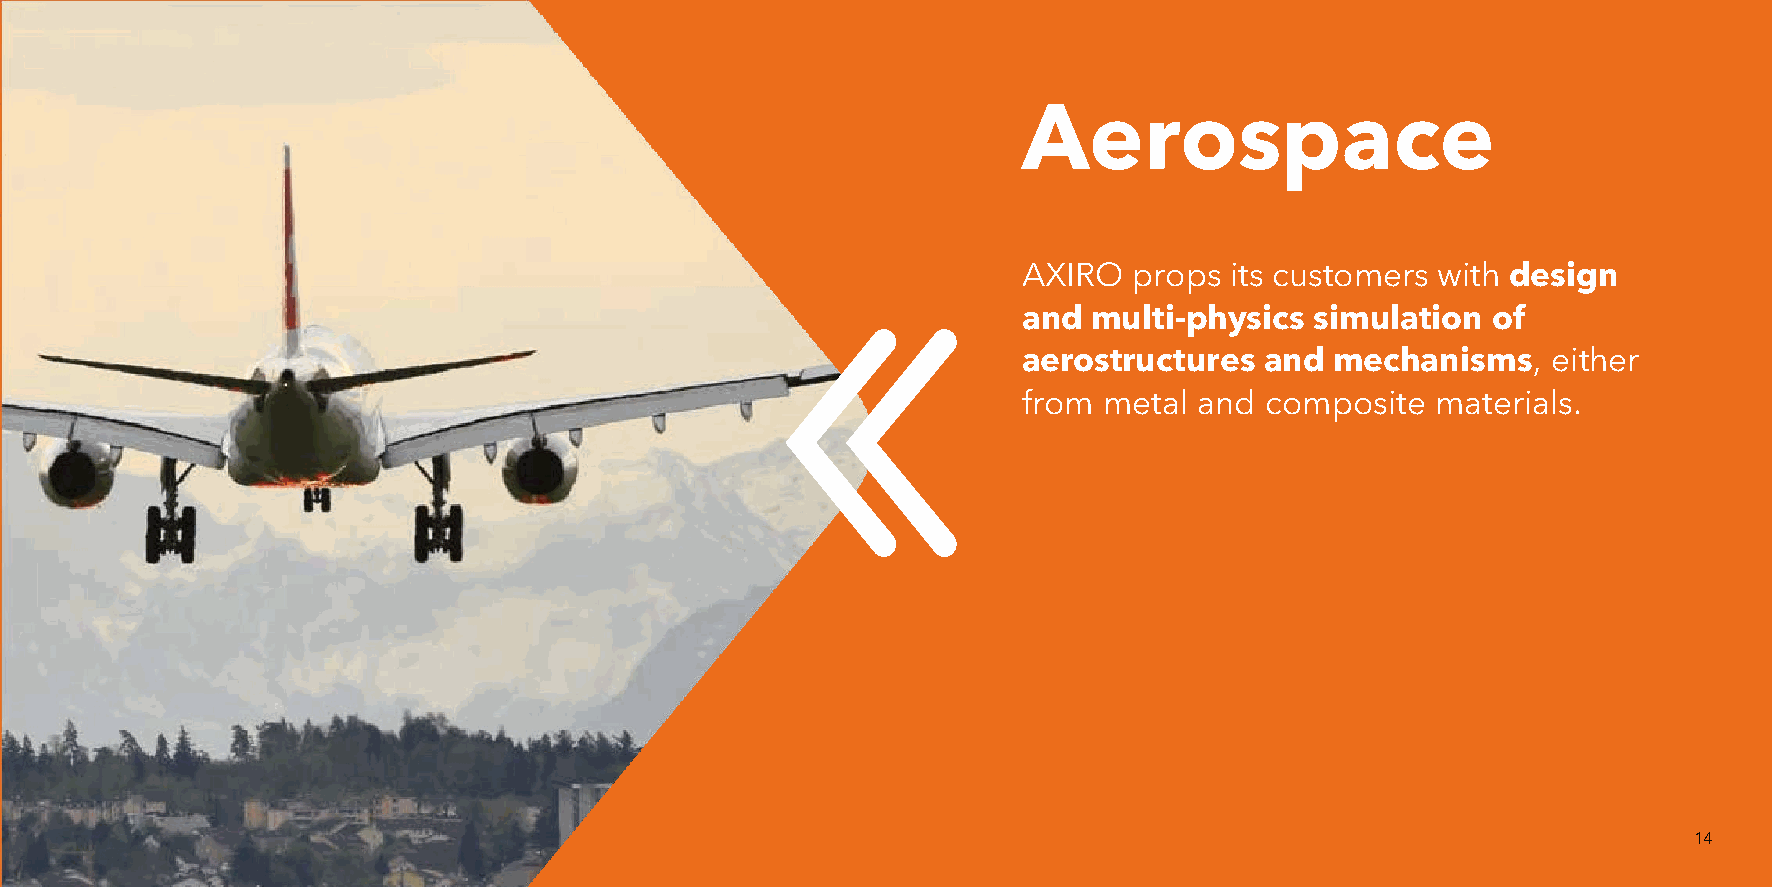
Aerospace
 AXIRO  props its customers with design
 and multi-physics  simulation  of
 aerostructures  and mechanisms,    either
 from metal and  composite  materials.
 14